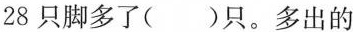
28只脚多了()只。多出的